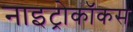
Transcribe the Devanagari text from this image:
नाइट्रोकॉकस